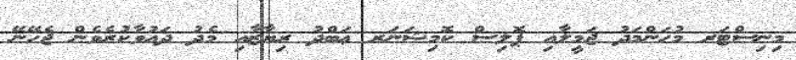
މިނިސްޓަރ މުޙަންމަދު ޖަމީލާއި ޕޮލިސް ކޮމިޝަނަރ ޢަބްދު ރިޔާޒާއި މެދު ދައުވާކުރެވެން ޖެހޭނޭ